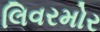
લિવરમોર